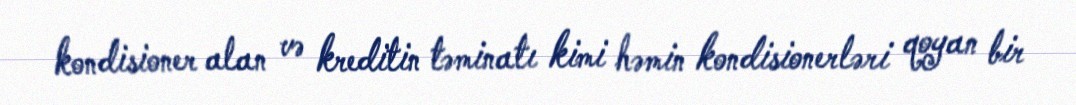
kondisioner alan və kreditin təminatı kimi həmin kondisionerləri qoyan bir